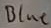
Text: Blue